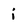
Character: i